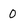
Character: 0